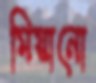
মিয়ানো